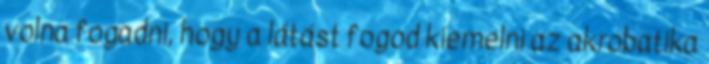
volna fogadni, hogy a látást fogod kiemelni az akrobatika